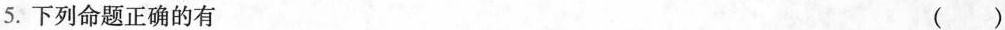
5.下列命题正确的有 ()